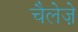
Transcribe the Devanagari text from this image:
चैलेज़े